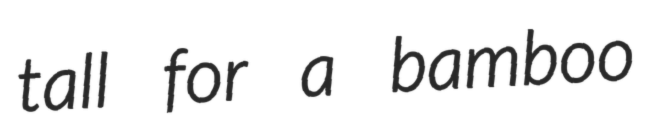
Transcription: tall for a bamboo